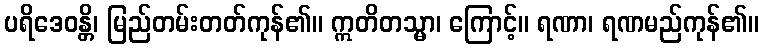
ပရိဒေဝန္တိ၊ မြည်တမ်းတတ်ကုန်၏။ ဣတိတသ္မာ၊ ကြောင့်။ ရဏာ၊ ရဏမည်ကုန်၏။